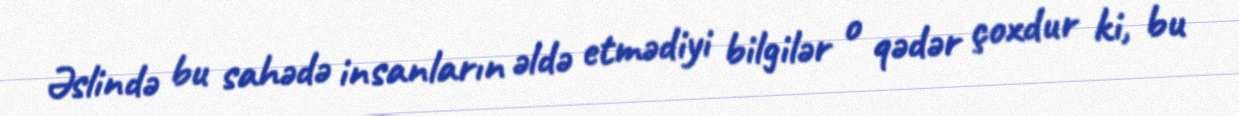
Əslində bu sahədə insanların əldə etmədiyi bilgilər o qədər çoxdur ki, bu